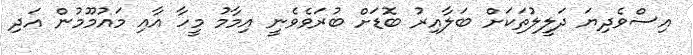
އިސްވެދިޔަ ދަލީލުތަކަށް ބަލާއިރު ބޮޑަށް ބުރަވެވެނީ އިމާމު މީހާ އާއި މައުމޫމުން އަދި